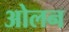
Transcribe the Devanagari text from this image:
ओलन